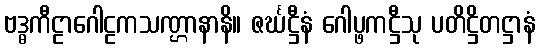
ဗဒ္ဓကီဠာဂေါဠကသဏ္ဌာနာနိ။ ဇင်္ဃဋ္ဌီနံ ဂေါပ္ဖကဋ္ဌီသု ပတိဋ္ဌိတဋ္ဌာနံ